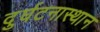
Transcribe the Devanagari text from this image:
दुर्घटनास्थान